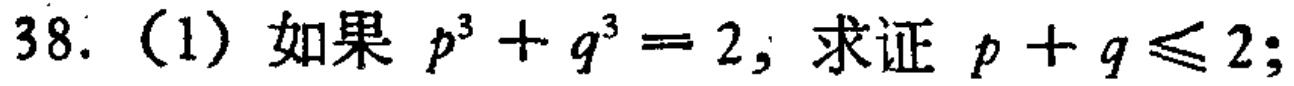
38.（1）如果 \(p^{3}+q^{3}=2\)，求证 \(p + q\leqslant2\)；